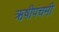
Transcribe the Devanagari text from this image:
ऋषीपंचमी